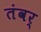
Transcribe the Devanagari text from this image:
तंवर्